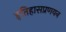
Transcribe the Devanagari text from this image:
इतिहासप्रणयन